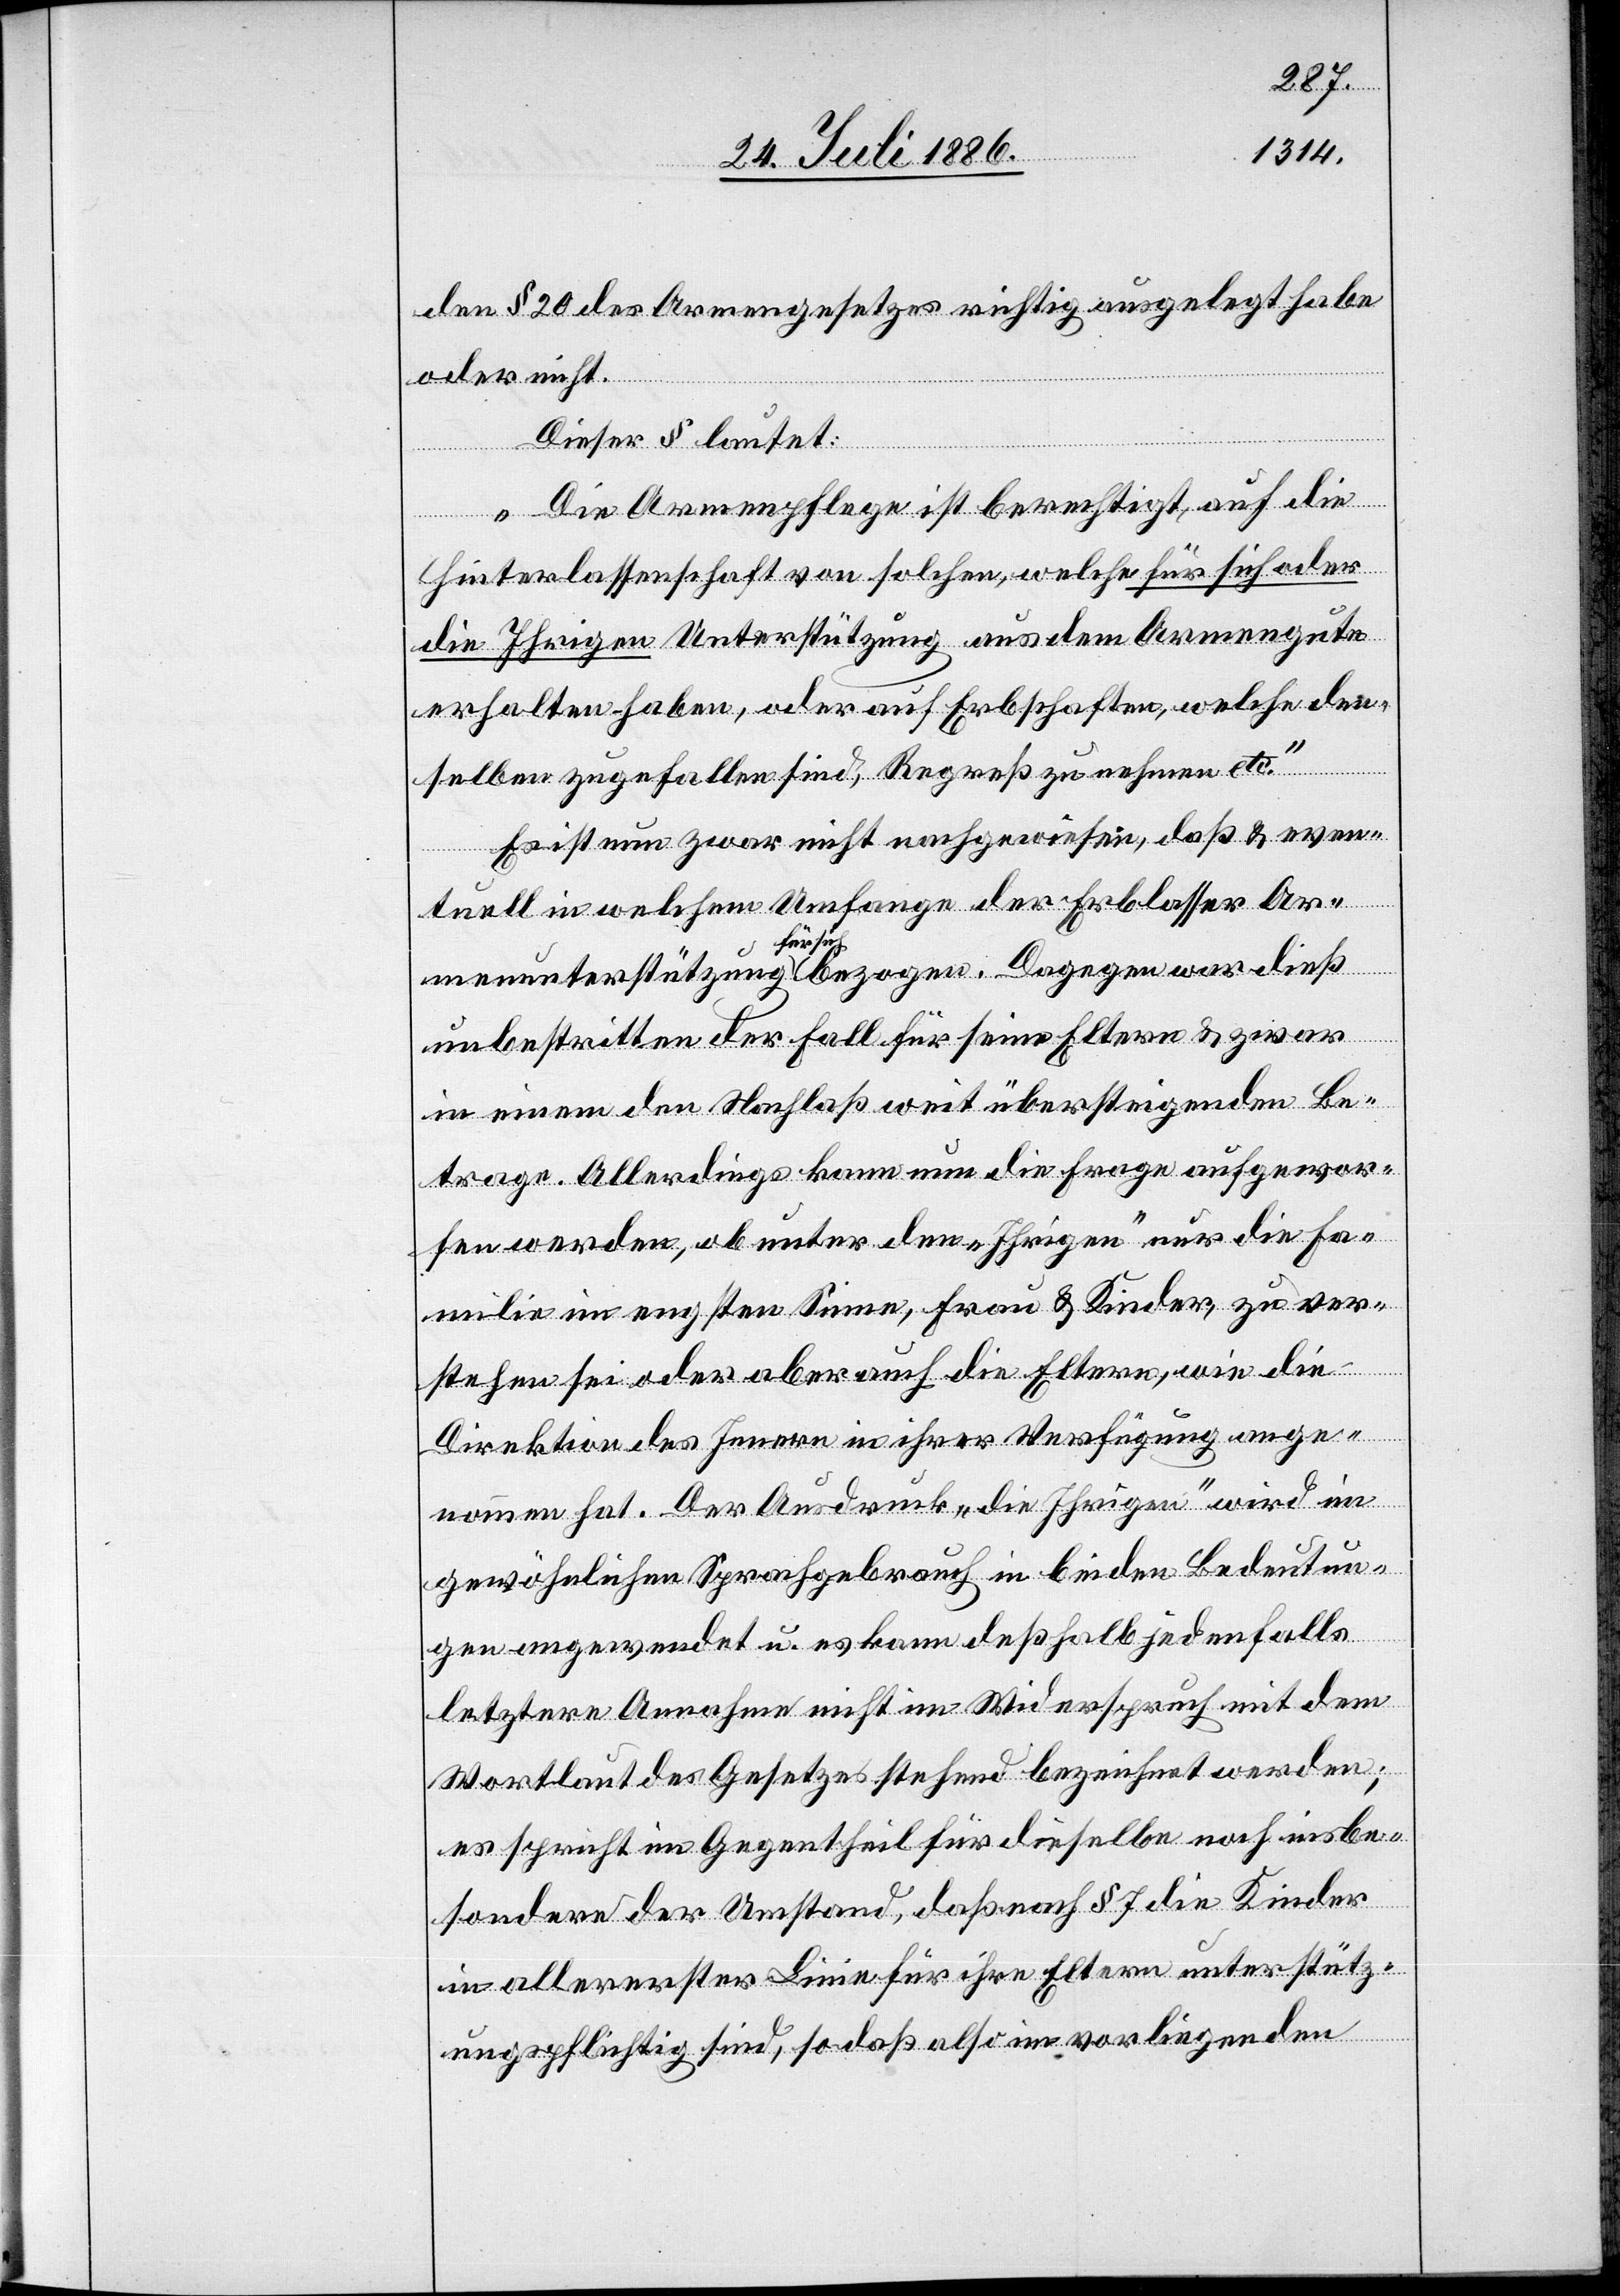
den § 20 des Armengesetzes richtig ausgelegt habe
Dagegen war dieß
oder nicht.
Dieser § lautet:
„Die Armenpflege ist berechtigt, auf die
Hinterlassenschaft von solchen, welche für sich oder
die Ihrigen Unterstützung aus dem Armengute
erhalten haben, oder auf Erbschaften, welche den¬
selben zugefallen sind, Regreß zu nehmen etc.“
Es ist nun zwar nicht nachgewiesen, daß & even¬
tuell in welchem Umfange der Erblasser Ar¬
für sich
unbestritten der Fall für seine Eltern & zwar
in einem den Nachlaß weit übersteigenden Be¬
trage. Allerdings kann nun die Frage aufgewor¬
fen werden, ob unter den „Ihrigen“ nur die Fa¬
milie im engsten Sinne, Frau & Kinder, zu ver¬
stehen sei oder aber auch die Eltern, wie die
Direktion des Innern in ihrer Verfügung ange¬
nommen hat. Der Ausdruck „die Ihrigen“ wird im
gewöhnlichen Sprachgebrauch in beiden Bedeutun¬
gen angewendet u. es kann deßhalb jedenfalls
letztere Annahme nicht im Widerspruch mit dem
Wortlaut des Gesetzes stehend bezeichnet werden;
es spricht im Gegentheil für dieselbe noch insbe¬
sondere der Umstand, daß nach § 7 die Kinder
in allererster Linie für ihre Eltern unterstütz¬
ungspflichtig sind, so daß also im vorliegenden